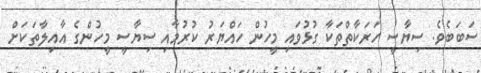
ސަބަބެވެ. ސިޔާސީ ހަރަކާތްތަކާ ގުޅުވައި މީހުން ހައްޔަރު ކުރުމާއި ސިޔާސީ މީހުންގެ އާއިލާތަކަށް